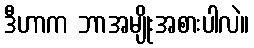
ဒီဟာက ဘာအမျိုးအစားပါလဲ။